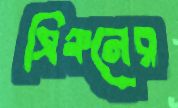
সিঞ্চনের